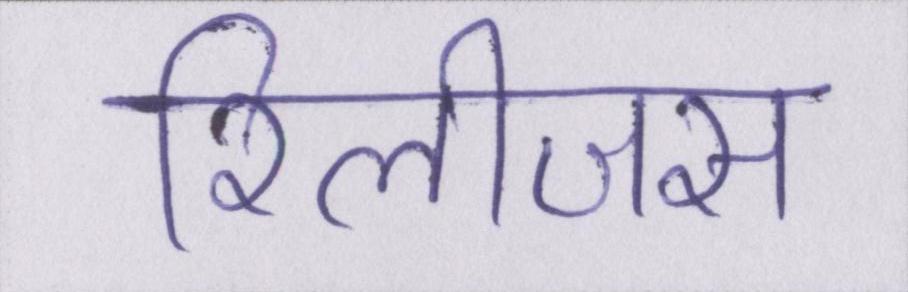
रिलीजस